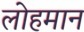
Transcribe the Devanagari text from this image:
लोहमान